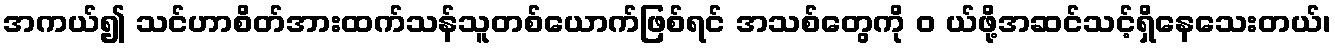
အကယ်၍ သင်ဟာစိတ်အားထက်သန်သူတစ်ယောက်ဖြစ်ရင် အသစ်တွေကို ၀ ယ်ဖို့အဆင်သင့်ရှိနေသေးတယ်၊